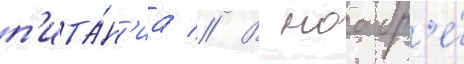
п'ита́н'иа // В ноабр'е́